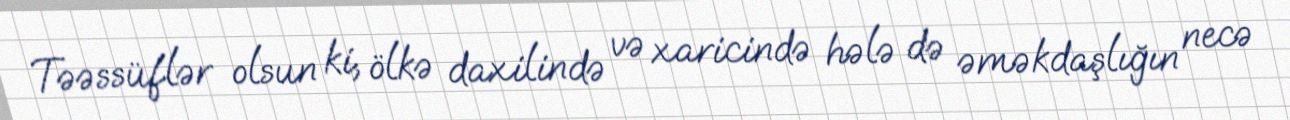
Təəssüflər olsun ki, ölkə daxilində və xaricində hələ də əməkdaşlığın necə